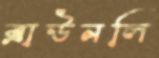
ব্রাউনলি